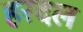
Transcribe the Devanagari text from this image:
हरदल